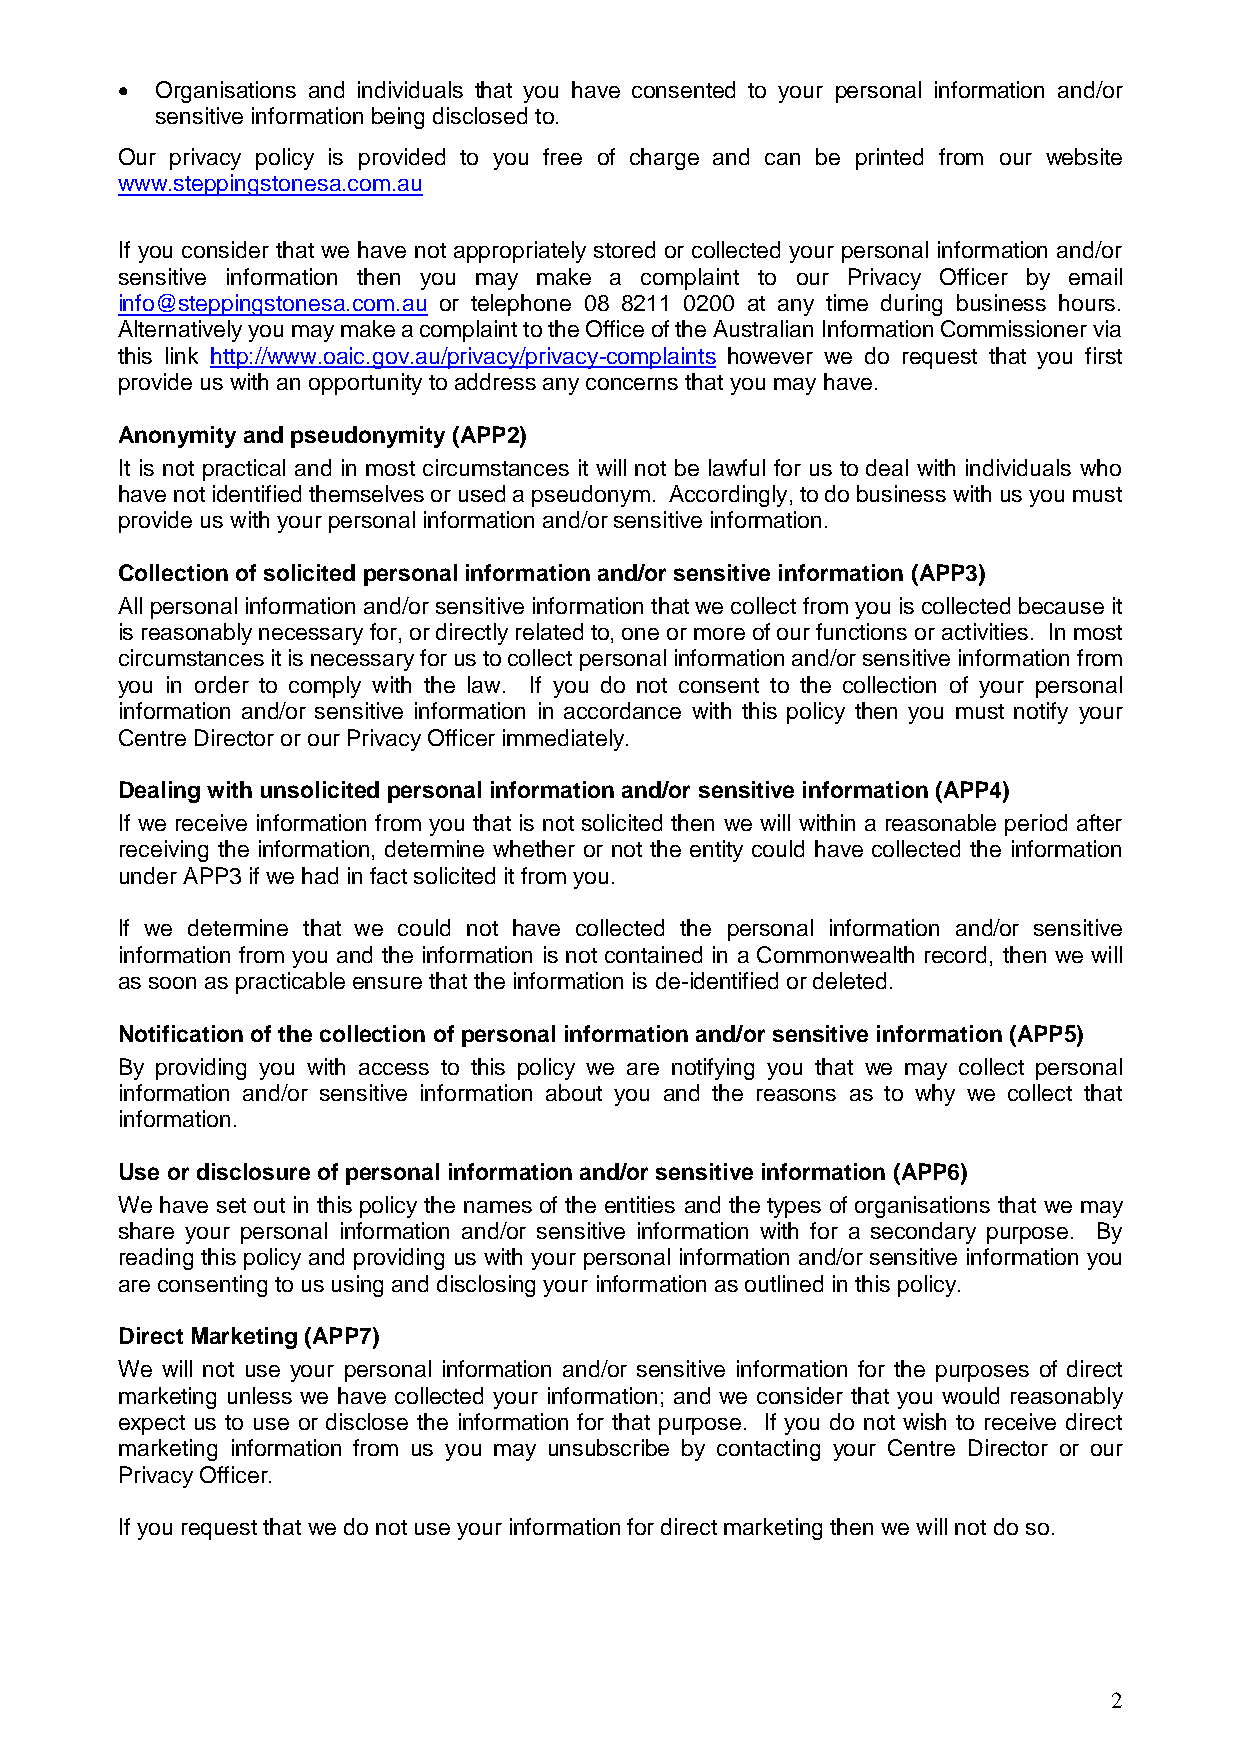
 Organisations and individuals that you have consented to your personal information and/or
 sensitive information being disclosed to.
 Our privacy policy is provided to you free of charge and can be printed from our website
 www.steppingstonesa.com.au
 If you consider that we have not appropriately stored or collected your personal information and/or
 sensitive information then you may make a complaint to our Privacy Officer by email
 info@steppingstonesa.com.au or telephone 08 8211 0200 at any time during business hours.
 Alternatively you may make a complaint to the Office of the Australian Information Commissioner via
 this link http://www.oaic.gov.au/privacy/privacy-complaints however we do request that you first
 provide us with an opportunity to address any concerns that you may have.
 Anonymity and pseudonymity (APP2)
 It is not practical and in most circumstances it will not be lawful for us to deal with individuals who
 have not identified themselves or used a pseudonym. Accordingly, to do business with us you must
 provide us with your personal information and/or sensitive information.
 Collection of solicited personal information and/or sensitive information (APP3)
 All personal information and/or sensitive information that we collect from you is collected because it
 is reasonably necessary for, or directly related to, one or more of our functions or activities. In most
 circumstances it is necessary for us to collect personal information and/or sensitive information from
 you in order to comply with the law. If you do not consent to the collection of your personal
 information and/or sensitive information in accordance with this policy then you must notify your
 Centre Director or our Privacy Officer immediately.
 Dealing with unsolicited personal information and/or sensitive information (APP4)
 If we receive information from you that is not solicited then we will within a reasonable period after
 receiving the information, determine whether or not the entity could have collected the information
 under APP3 if we had in fact solicited it from you.
 If we determine that we could not have collected the personal information and/or sensitive
 information from you and the information is not contained in a Commonwealth record, then we will
 as soon as practicable ensure that the information is de-identified or deleted.
 Notification of the collection of personal information and/or sensitive information (APP5)
 By providing you with access to this policy we are notifying you that we may collect personal
 information and/or sensitive information about you and the reasons as to why we collect that
 information.
 Use or disclosure of personal information and/or sensitive information (APP6)
 We have set out in this policy the names of the entities and the types of organisations that we may
 share your personal information and/or sensitive information with for a secondary purpose. By
 reading this policy and providing us with your personal information and/or sensitive information you
 are consenting to us using and disclosing your information as outlined in this policy.
 Direct Marketing (APP7)
 We will not use your personal information and/or sensitive information for the purposes of direct
 marketing unless we have collected your information; and we consider that you would reasonably
 expect us to use or disclose the information for that purpose. If you do not wish to receive direct
 marketing information from us you may unsubscribe by contacting your Centre Director or our
 Privacy Officer.
 If you request that we do not use your information for direct marketing then we will not do so.
 2